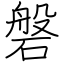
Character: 磐